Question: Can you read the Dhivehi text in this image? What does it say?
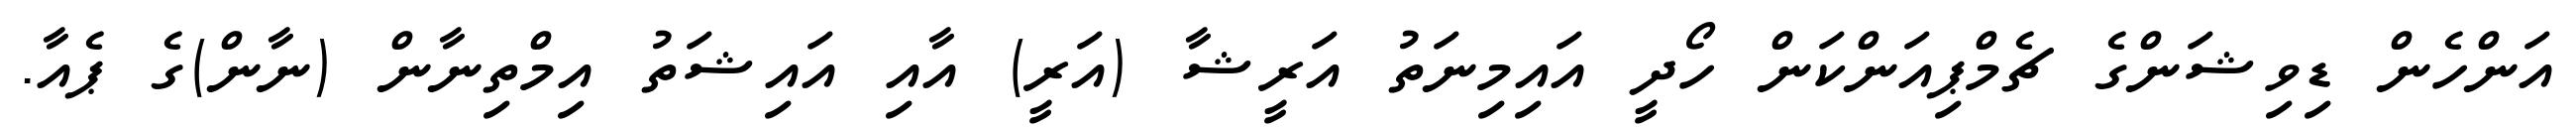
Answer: އަންހެން ޑިވިޝަންގެ ޗެމްޕިއަންކަން ހޯދީ އައިމިނަތު އަރީޝާ (އަރީ) އާއި އައިޝަތު އިމްތިނާން (ނާން)ގެ ޕެއާ.